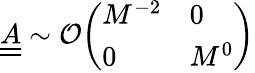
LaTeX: \underline{{\underline{{A}}}}\sim\mathcal{O}\begin{array}{l}{\left(\begin{array}{ll}{M^{-2}}&{0}\\ {0}&{M^{0}}\end{array}\right)}\end{array}